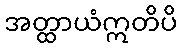
အတ္ထာယံဣတိပိ